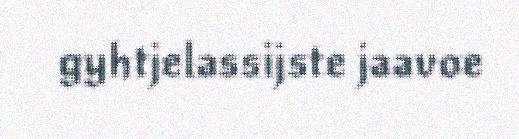
gyhtjelassijste jaavoe